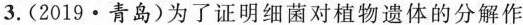
3. (2019 · 青岛)为了证明细菌对植物遗体的分解作